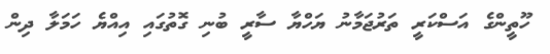
ހޫތީންގެ އަސްކަރީ ތަރުޖަމާނު ޔަހްޔާ ސާރީ ބުނި ގޮތުގައި އިއްޔެ ހަމަލާ ދިން